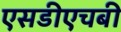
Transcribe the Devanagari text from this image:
एसडीएचबी